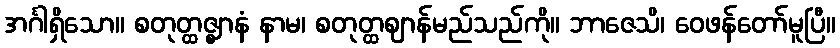
အင်္ဂါရှိသော။ စတုတ္ထဇ္ဈာနံ နာမ၊ စတုတ္ထဈာန်မည်သည်ကို။ ဘာဇေသိ၊ ဝေဖန်တော်မူပြီ။